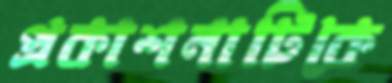
প্রকাশনাটিকে